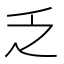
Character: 乏